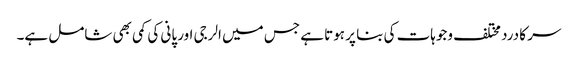
سر کا درد مختلف وجوہات کی بنا پر ہوتا ہے جس میں الرجی اور پانی کی کمی بھی شامل ہے۔